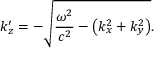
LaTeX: k _ { z } ^ { \prime } = - { \sqrt { { \frac { \omega ^ { 2 } } { c ^ { 2 } } } - \left( k _ { x } ^ { 2 } + k _ { y } ^ { 2 } \right) } } .